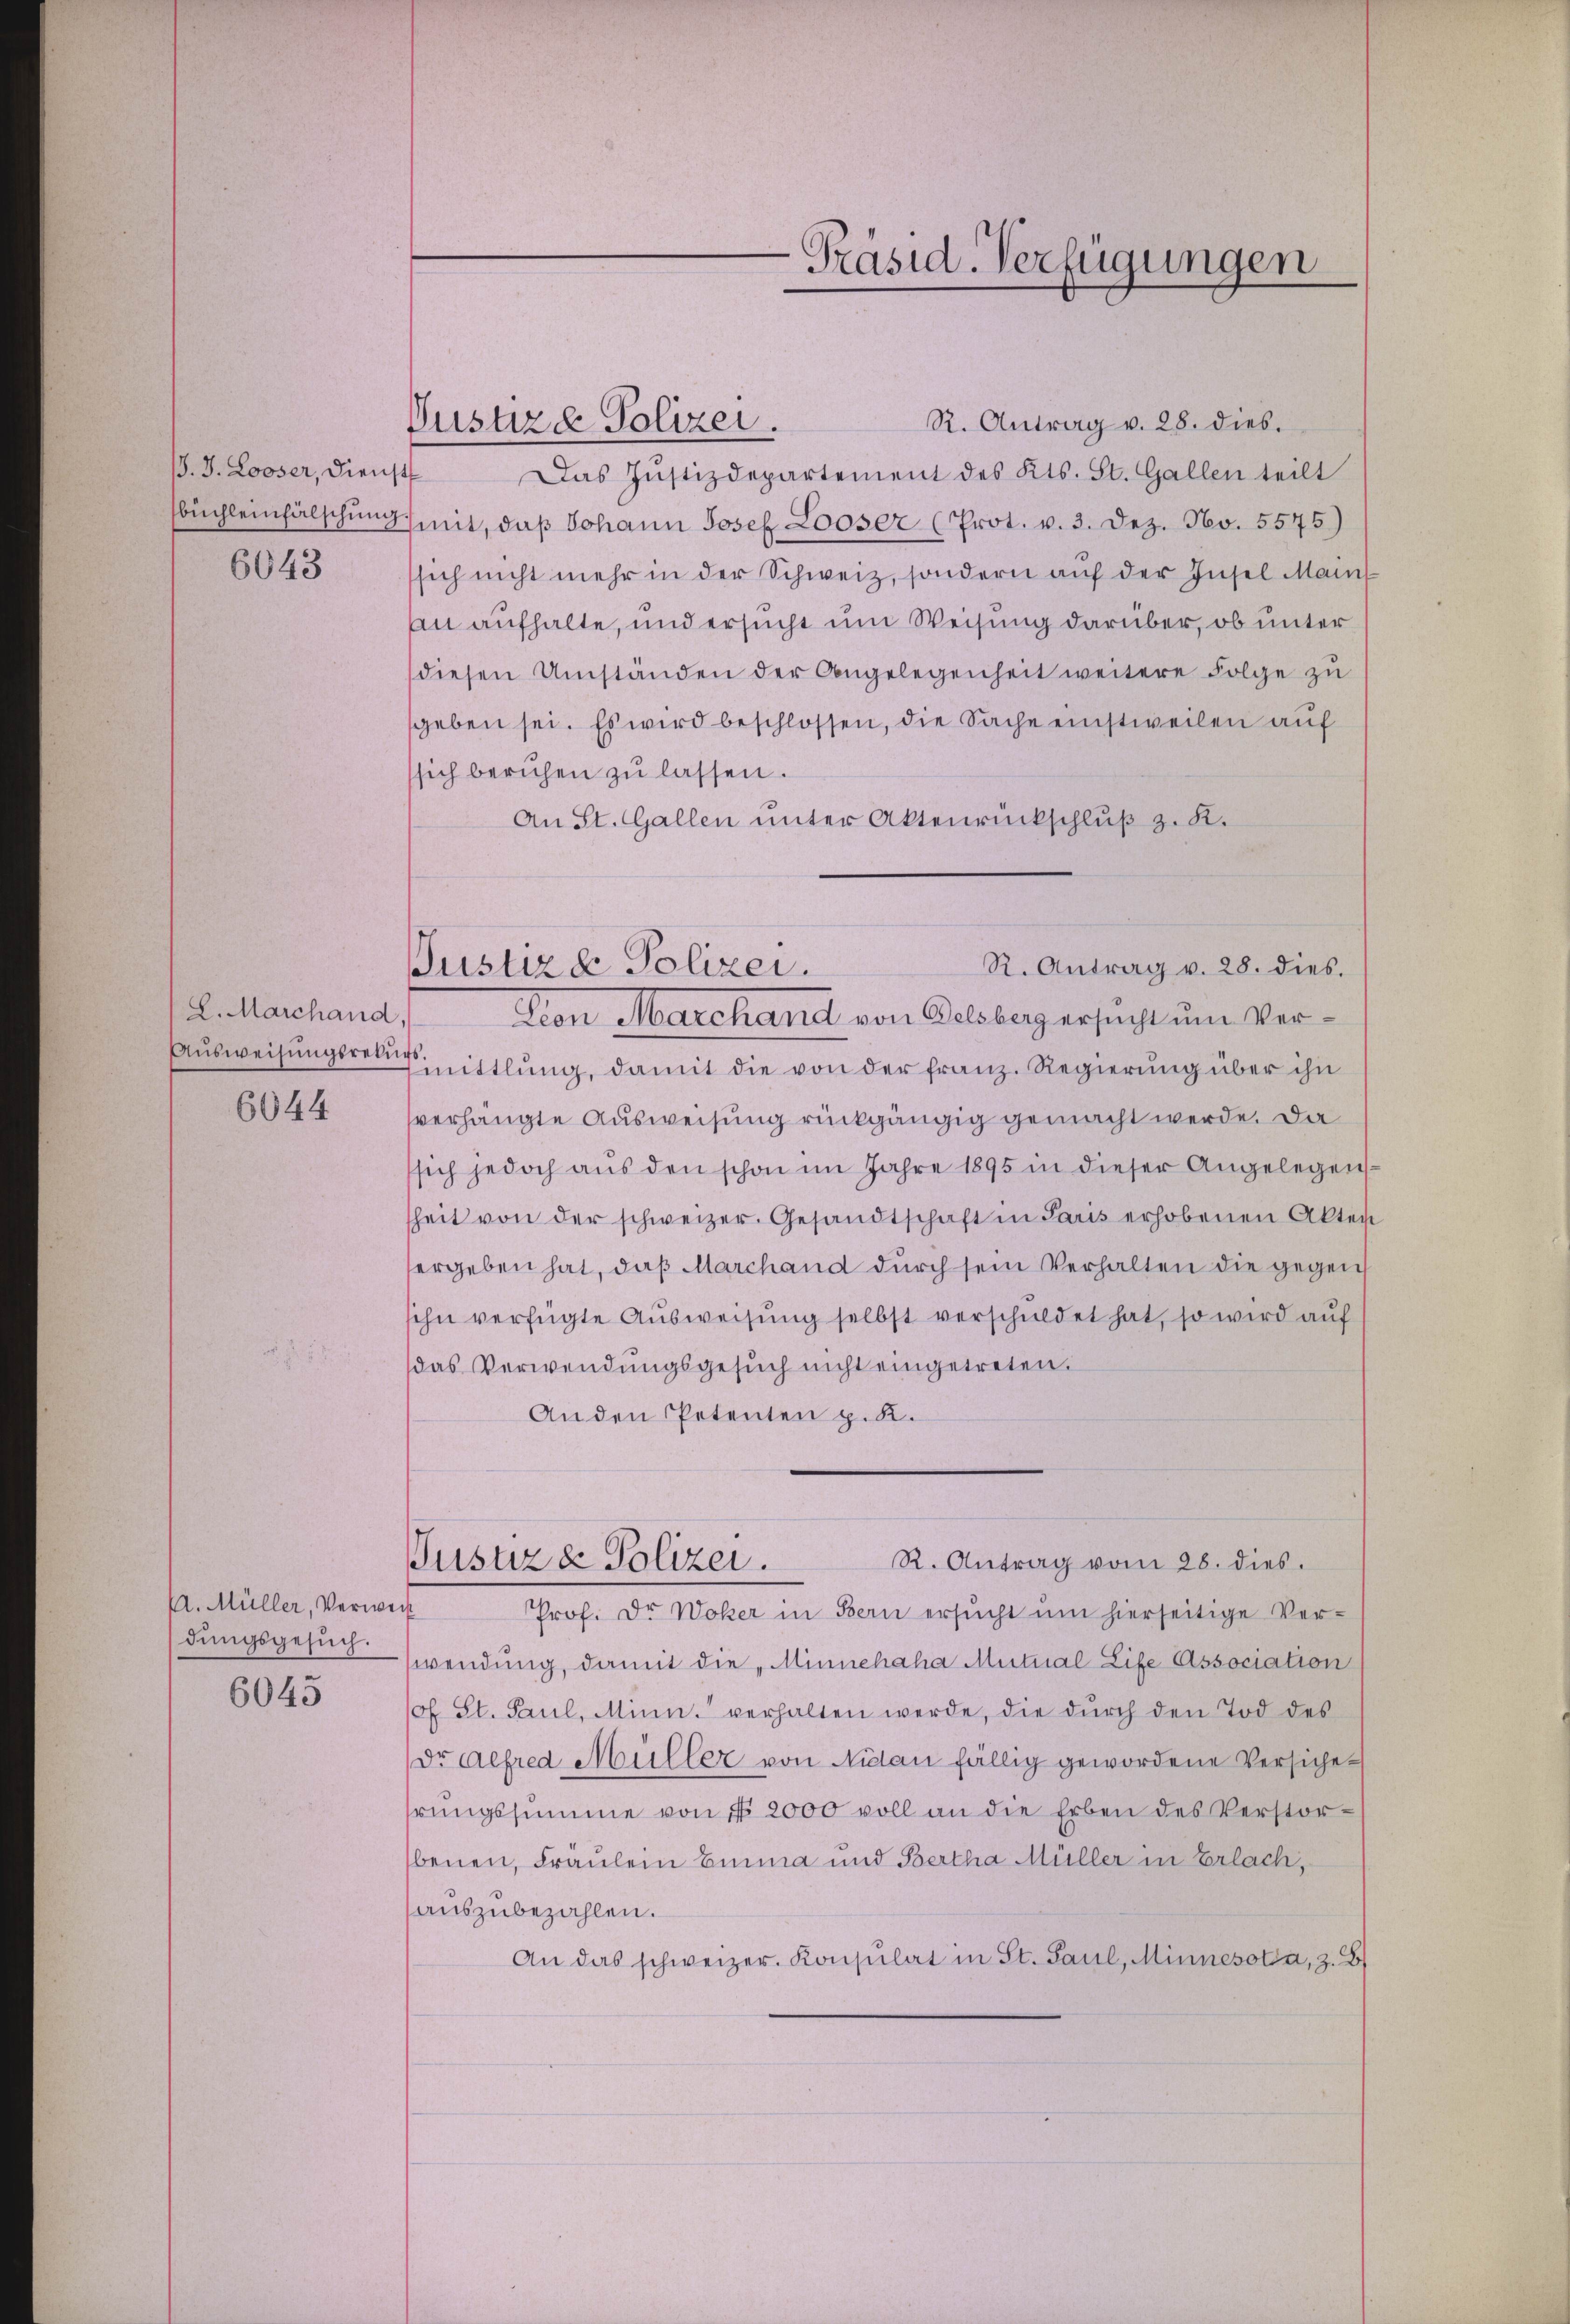
/. J. Looser, Dienst
büchleinfälschung
6043

8. Marchand,
Aŭsweisŭngsrekur
6644

A. Müller, Verweis
dungsgesuch.
6045

Präsid-Verfügungen

Oustiz & Polizei.

Justiz & Polizei.

R. Antrag v. 28. dies.
Das Justizdepartement des Kts. St. Gallen teilt
t
mit, daß Johann Josef Looser (Prot. v. 3. Dez. No. 5575)
sich nicht mehr in der Schweiz, sondern auf der Insel Main
an aufhalte, und ersucht um Weisung darüber, ob unter
diesen Umständen der Angelegenheit weitere Folge zu
geben sei. Es wird beschlossen, die Sache einstweilen auf
sich beruhen zu lassen.
An St. Gallen unter Aktenrückschluß z. K.
tion Marchand von Delsberg ersucht um Vermittlung, damit die von der franz. Regierung über ihn
verhängte Ausweisung rückgängig gemacht werde. Da
sich jedoch aus den schon im Jahre 1895 in dieser Angelegen
heit von der schweizer. Gesandtschaft in Paris erhobenen Akten
ergeben hat, daß Marchand durch sein Verhalten die gegen
ihn verfügte Ausweisung selbst verschuldet hat, so wird auf
das Verwendungsgesuch nicht eingetreten.
Anden Petenten p. K.
R. Antrag vom 28. dies.
Pustiz & Polizei.
Prof. Dr. Woher in Bern ersŭcht ŭm hierseitige Ver-
wendung, damit die „Minnehaha Mutual Life Association
cf. St. Paul, Minn. verhalten werde, die dŭrch den Tod des
Dr Alfred Müller von Nidau fällig gewordene Versicherungssumme von § 2000 voll an die Erben des Verstorbenen, Fräulein Emma und Bertha Müller in Erlach,
auszubezahlen.
An das schweizer. Konsulat in St. Paul, Minnesotta, z. B

R. Antrag v. 28. dies.